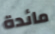
مائدة